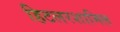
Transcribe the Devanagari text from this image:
हिटलरशामिल